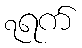
၇ရက်